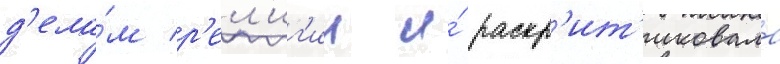
д'ела́м р'ел'иг'ии и́ раскр'ит'иковала